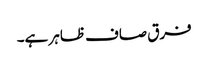
فرق صاف ظاہر ہے۔